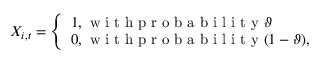
X _ { i , t } = \left\{ \begin{array} { l l } { 1 , \mathrm { ~ w ~ i ~ t ~ h ~ p ~ r ~ o ~ b ~ a ~ b ~ i ~ l ~ i ~ t ~ y ~ } \vartheta } \\ { 0 , \mathrm { ~ w ~ i ~ t ~ h ~ p ~ r ~ o ~ b ~ a ~ b ~ i ~ l ~ i ~ t ~ y ~ } ( 1 - \vartheta ) , } \end{array} \right.